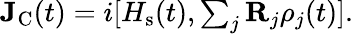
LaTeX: \begin{array}{r}{\mathbf{J}_{\textrm{C}}(t)=i[H_{\textrm{s}}(t),\sum_{j}\mathbf{R}_{j}\rho_{j}(t)].}\end{array}